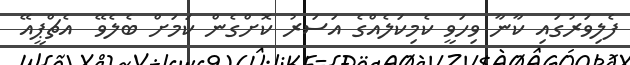
ފެލިވަރުގައި ކާނާ ވިހަވީ ކެމިކަލެއްގެ އަސަރު ކޮށްގެން ކަމަށް ބެލެވޭ  އެޗްޕީއޭ